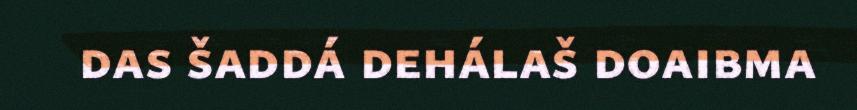
das šaddá dehálaš doaibma